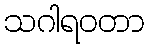
သဂါရဝတာ